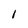
Character: l